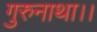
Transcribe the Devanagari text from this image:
गुरुनाथा।।